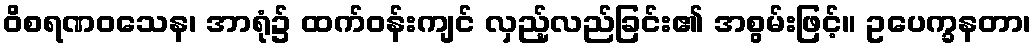
ဝိစရဏဝသေန၊ အာရုံ၌ ထက်ဝန်းကျင် လှည့်လည်ခြင်း၏ အစွမ်းဖြင့်။ ဥပေက္ခနတာ၊